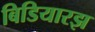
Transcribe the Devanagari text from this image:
बिडियारझ